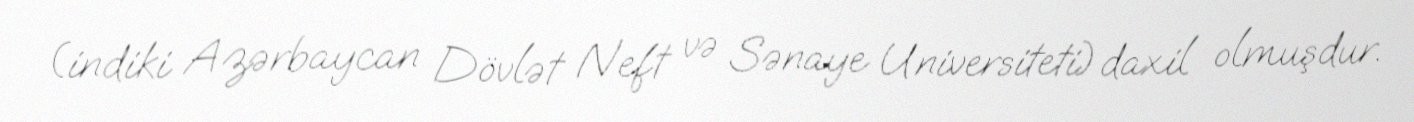
(indiki Azərbaycan Dövlət Neft və Sənaye Universiteti) daxil olmuşdur.